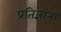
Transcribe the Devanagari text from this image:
प्रतिज्ञांना